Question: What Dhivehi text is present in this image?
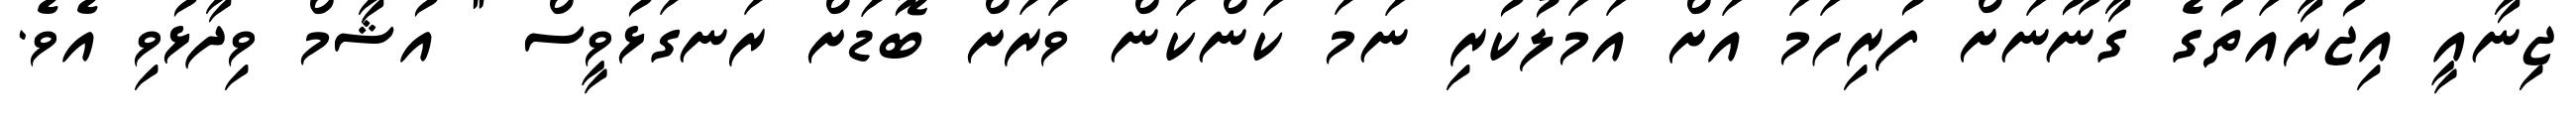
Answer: ޖިނާއީ އިޖުރާއަތުގެ ގާނޫނަށް ފުރިހަމަ އަށް އަމަލުކުރި ނަމަ ކަންކަން ވަރަށް ބޮޑަށް ރަނގަޅުވީސް " އުޝާމް ވިދާޅުވި އެވެ.